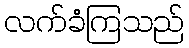
လက်ခံကြသည်